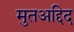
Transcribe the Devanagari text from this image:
मुतअद्दिद